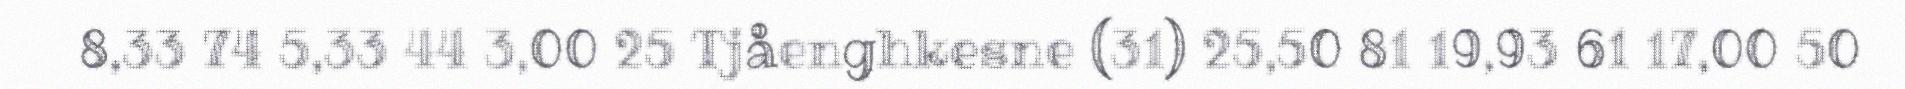
8,33 74 5,33 44 3,00 25 Tjåenghkesne (31) 25,50 81 19,93 61 17,00 50